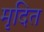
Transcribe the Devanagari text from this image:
मृदित